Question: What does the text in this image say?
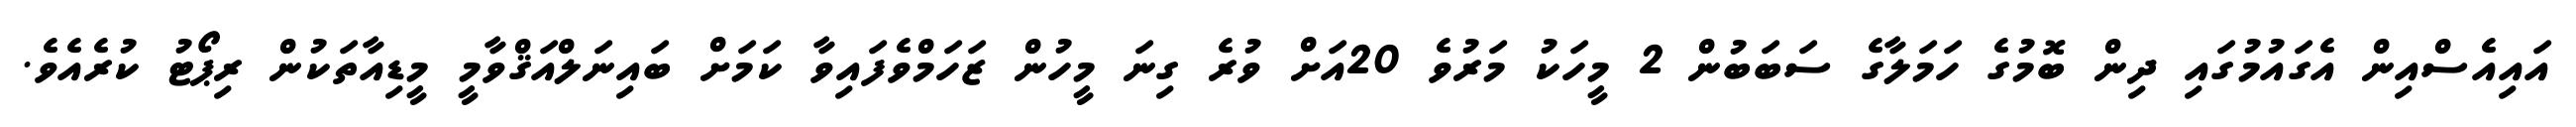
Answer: އައިއެސްއިން އެގައުމުގައި ދިން ބޮމުގެ ހަމަލާގެ ސަބަބުން 2 މީހަކު މަރުވެ 20އަށް ވުރެ ގިނަ މީހުން ޒަހަމްވެފައިވާ ކަމަށް ބައިނަލްއަޤްވާމީ މީޑިއާތަކުން ރިޕޯޓު ކުރެއެވެ.